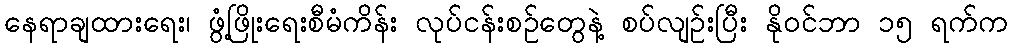
နေရာချထားရေး၊ ဖွံ့ဖြိုးရေးစီမံကိန်း လုပ်ငန်းစဉ်တွေနဲ့ စပ်လျဉ်းပြီး နိုဝင်ဘာ ၁၅ ရက်က